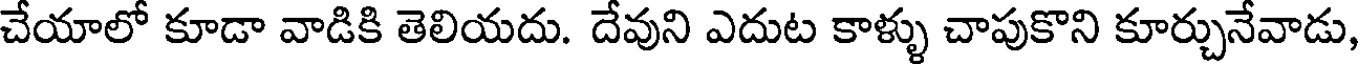
చేయాలో కూడా వాడికి తెలియదు. దేవుని ఎదుట కాళ్ళు చాపుకొని కూర్చునేవాడు,